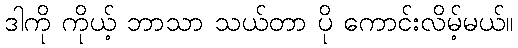
ဒါကို ကိုယ့် ဘာသာ သယ်တာ ပို ကောင်းလိမ့်မယ်။